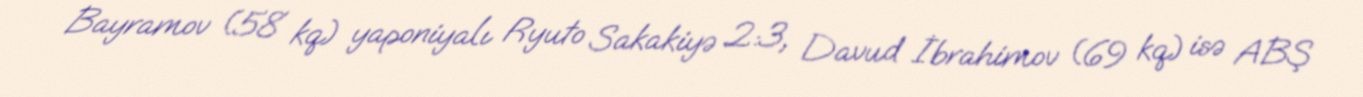
Bayramov (58 kq) yaponiyalı Ryuto Sakakiyə 2:3, Davud İbrahimov (69 kq) isə ABŞ